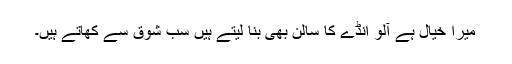
میرا خیال ہے آلو انڈے کا سالن بھی بنا لیتے ہیں سب شوق سے کھاتے ہیں۔